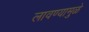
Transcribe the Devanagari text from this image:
लावण्यामुळे